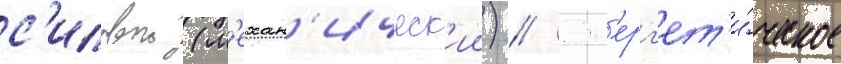
с'иловои (м'ехан'ическ'ии) // Эн'ерг'ет'и́ческое